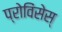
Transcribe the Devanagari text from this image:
प्रोविंसेस्